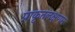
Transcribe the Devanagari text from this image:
प्राकृतलक्षणम